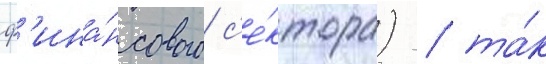
ф'ина́нсового с'е́ктора) / та́к